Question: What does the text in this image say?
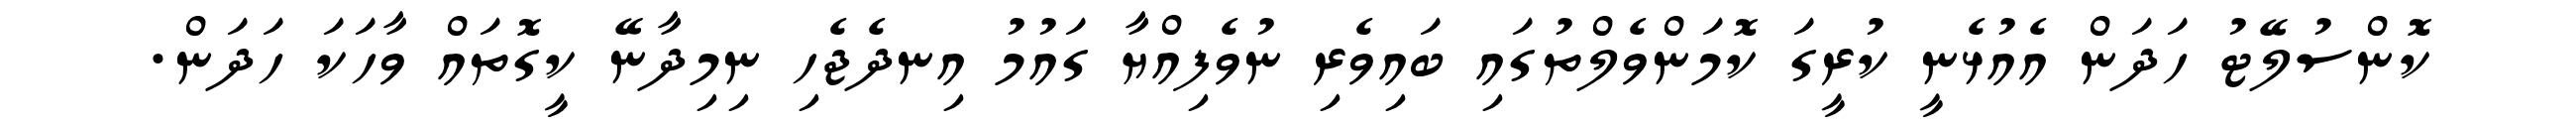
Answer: ކޮންސުލޭޓު ހަދަން އެއުޅެނީ ކުރީގަ ކޮމަންވެލްތުގައި ބައިވެރި ނުވެފިއްޔާ ގައުމު އިނދެޖެހި ނިމިދާނޭ ކީގޮތައް ވާހަކަ ހަދަން.